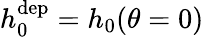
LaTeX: h_{0}^{\mathrm{dep}}=h_{0}(\theta=0)